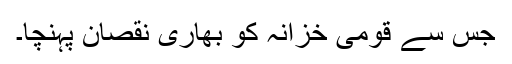
جس سے قومی خزانہ کو بھاری نقصان پہنچا۔